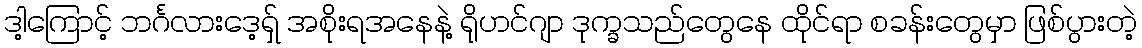
ဒါ့ကြောင့် ဘင်္ဂလားဒေ့ရှ် အစိုးရအနေနဲ့ ရိုဟင်ဂျာ ဒုက္ခသည်တွေနေ ထိုင်ရာ စခန်းတွေမှာ ဖြစ်ပွားတဲ့